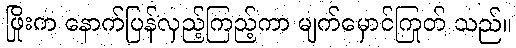
ဖြိုးက နောက်ပြန်လှည့်ကြည့်ကာ မျက်မှောင်ကြုတ် သည်။